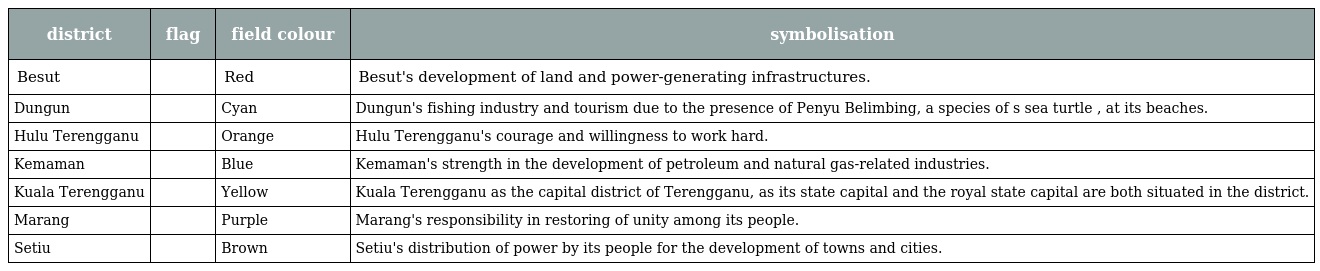
| district | flag | field colour | symbolisation |
 | --- | --- | --- | --- |
 | Besut |  | Red | Besut's development of land and power-generating infrastructures. |
 | Dungun |  | Cyan | Dungun's fishing industry and tourism due to the presence of Penyu Belimbing, a species of s sea turtle , at its beaches. |
 | Hulu Terengganu |  | Orange | Hulu Terengganu's courage and willingness to work hard. |
 | Kemaman |  | Blue | Kemaman's strength in the development of petroleum and natural gas-related industries. |
 | Kuala Terengganu |  | Yellow | Kuala Terengganu as the capital district of Terengganu, as its state capital and the royal state capital are both situated in the district. |
 | Marang |  | Purple | Marang's responsibility in restoring of unity among its people. |
 | Setiu |  | Brown | Setiu's distribution of power by its people for the development of towns and cities. |